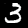
Digit: 3